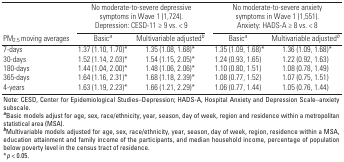
<table><thead><tr><td rowspan="2"><b>PM<sub>2.5</sub> moving averages</b></td><td colspan="2"><b>No moderate-to-severe depressive symptoms in Wave 1 (1,724). Depression: CESD-11 ≥ 9 vs. &lt; 9</b></td><td colspan="2"><b>No moderate-to-severe anxiety symptoms in Wave 1 (1,551). Anxiety: HADS-A ≥ 8 vs. &lt; 8</b></td></tr><tr><td><b>Basic<sup><i>a</i></sup></b></td><td><b>Multivariable adjusted<sup><i>b</i></sup></b></td><td><b>Basic<sup><i>a</i></sup></b></td><td><b>Multivariable adjusted<sup><i>b</i></sup></b></td></tr></thead><tbody><tr><td><b>7-days</b></td><td>1.37 (1.10, 1.70)*</td><td>1.35 (1.08, 1.68)*</td><td> 1.35 (1.09, 1.68)*</td><td> 1.36 (1.09, 1.68)*</td></tr><tr><td><b>30-days </b></td><td>1.52 (1.14, 2.03)*</td><td>1.54 (1.15, 2.05)*</td><td>1.24 (0.93, 1.65)</td><td>1.22 (0.92, 1.63)</td></tr><tr><td><b>180-days</b></td><td>1.44 (1.04, 2.00)*</td><td>1.48 (1.06, 2.06)*</td><td>1.10 (0.80, 1.51)</td><td>1.08 (0.78, 1.49)</td></tr><tr><td><b>365-days</b></td><td>1.64 (1.16, 2.31)*</td><td>1.68 (1.18, 2.39)*</td><td>1.08 (0.77, 1.52)</td><td>1.07 (0.75, 1.51)</td></tr><tr><td><b>4-years</b></td><td>1.63 (1.19, 2.23)*</td><td>1.66 (1.21, 2.29)*</td><td>1.06 (0.77, 1.44)</td><td>1.05 (0.76, 1.44)</td></tr><tr><td colspan="5">Note: CESD, Center for Epidemiological Studies–Depression; HADS-A, Hospital Anxiety and Depression Scale–anxiety subscale. <sup><i><b>a</b></i></sup>Basic models adjust for age, sex, race/ethnicity, year, season, day of week, region and residence within a metropolitan statistical area (MSA). <sup><i><b>b</b></i></sup>Multivariable models adjusted for age, sex, race/ethnicity, year, season, day of week, region, residence within a MSA, education attainment and family income of the participants, and median household income, percentage of population below poverty level in the census tract of residence. *<i>p</i> &lt; 0.05.</td></tr></tbody></table>